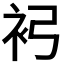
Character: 𧘏